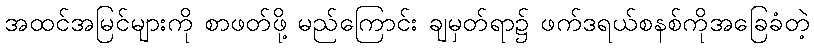
အထင်အမြင်များကို စာဖတ်ဖို့ မည်ကြောင်း ချမှတ်ရာ၌ ဖက်ဒရယ်စနစ်ကိုအခြေခံတဲ့